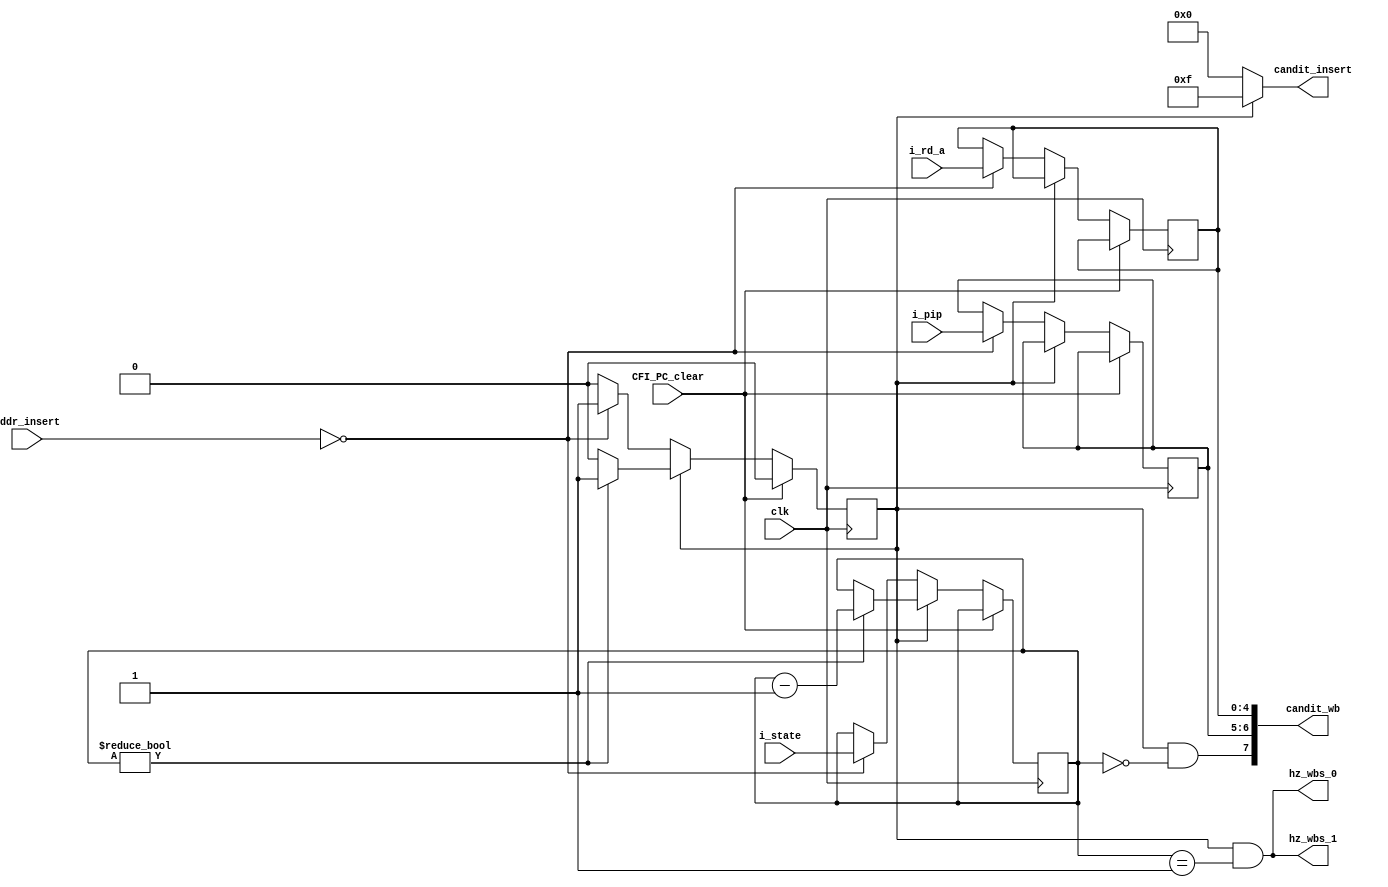
module Scb_cell_pip3
#(
  parameter W_ident        = 4,// there are 8 cells in each scoreboard but we use 4 bit, remain 1 bit for dump bit 
  parameter unused_cd      = {W_ident{1'b1}},
  parameter cell_ident     = 4'b0000,
  parameter W_inused       = 1,
  parameter W_pip          = 2,
  parameter W_PA_rx        = 5,
  parameter W_state        = 7,
  parameter V_FUT0         = 1, //  1clock 
  parameter V_FUT1         = 1
)
(
    ////////////////// output
        ////////////// flag
        output wire[W_inused + W_pip + W_PA_rx-1:0] candit_wb,
        output wire[W_ident                   -1:0] candit_insert,
        output wire                                 hz_wbs_0, // check write back structural hazard
        output wire                                 hz_wbs_1, // check write back structural hazard
    ////////////////// input                                     
        input  wire[W_pip                     -1:0] i_pip,
        input  wire[W_PA_rx                   -1:0] i_rd_a,
        input  wire[W_state                   -1:0] i_state,
        input  wire[W_ident                   -1:0] addr_insert,
        ////////////// control flow                                   
        input  wire                                 CFI_PC_clear,
        input  wire                                 clk
);
        /////////////////////variable
        reg[W_inused-1:0] INUSED;
        reg[W_pip   -1:0] PIP;
        reg[W_PA_rx -1:0] RD;
        reg[W_state -1:0] STATE;
        //////////////////// bahaviour
        always@(posedge clk)begin
            if (CFI_PC_clear)begin
                INUSED <= 0;
            end else if (INUSED)begin
                if (STATE) // 
                    STATE  <= STATE - 1;
                else
                    INUSED <= 0;
            end else if ( addr_insert ==  cell_ident)begin
                INUSED <= 1;
                PIP    <= i_pip;
                RD     <= i_rd_a;
                STATE  <= i_state;
            end
        end         
        /////////////////// output
        assign candit_wb      = {INUSED & (STATE == 0),PIP       ,RD}; // max goal
        assign candit_insert  = {(~INUSED) ? cell_ident :  unused_cd  }; // min goal
        assign hz_wbs_0       = INUSED && (STATE == V_FUT0);
        assign hz_wbs_1       = INUSED && (STATE == V_FUT1);
        
endmodule